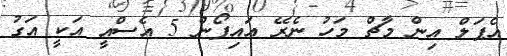
އެޕަލް އިން މާޗް މަހު ނެރޭ އައިފޯން 5 އެސްއީ އަކީ އަގު